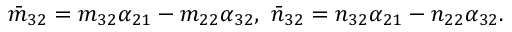
\begin{array} { r } { \bar { m } _ { 3 2 } = m _ { 3 2 } \alpha _ { 2 1 } - m _ { 2 2 } \alpha _ { 3 2 } , ~ \bar { n } _ { 3 2 } = n _ { 3 2 } \alpha _ { 2 1 } - n _ { 2 2 } \alpha _ { 3 2 } . } \end{array}